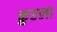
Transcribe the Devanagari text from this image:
क्रुएला